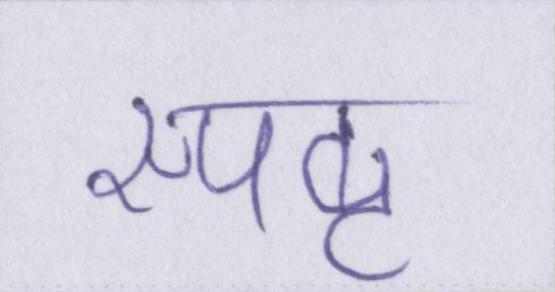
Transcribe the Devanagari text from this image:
स्पष्ट